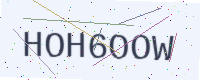
Text: HOH6OOW